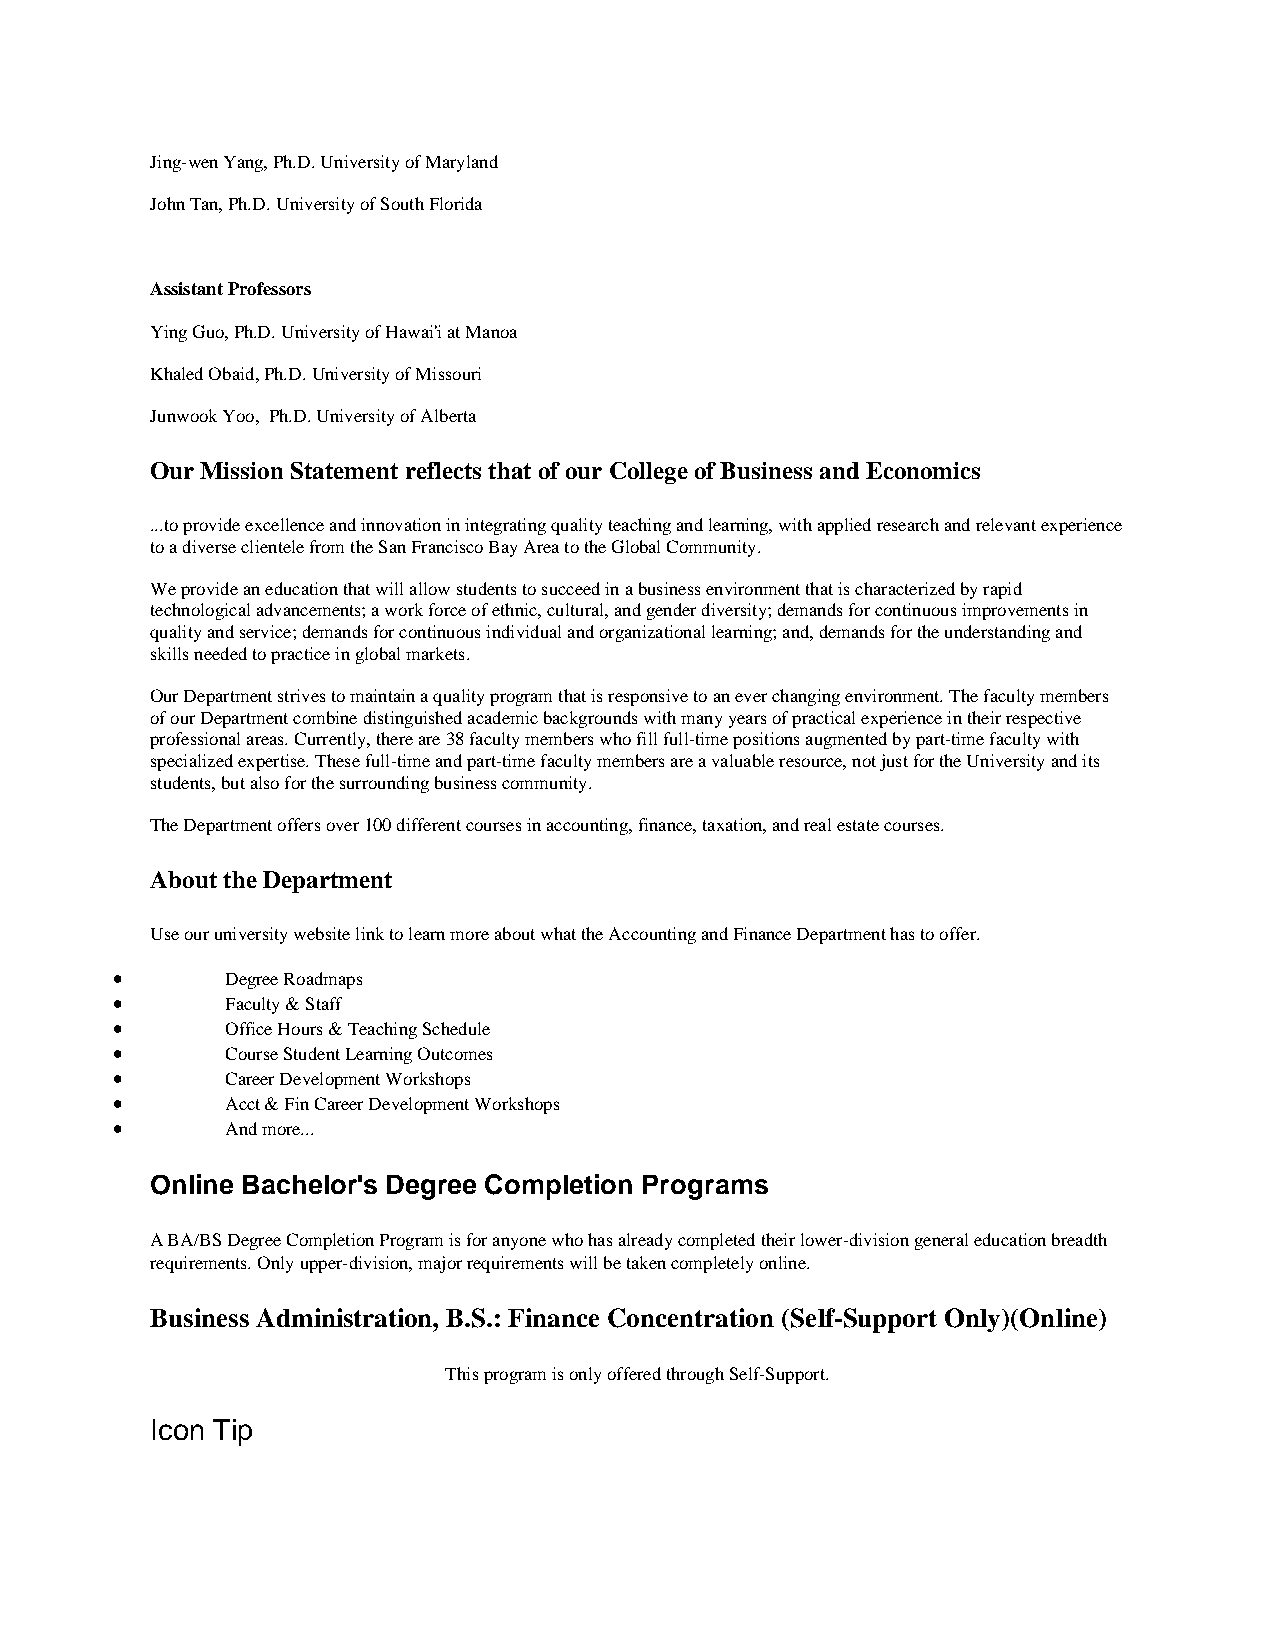
Jing-wen Yang, Ph.D. University of Maryland
 John Tan, Ph.D. University of South Florida
 Assistant Professors
 Ying Guo, Ph.D. University of Hawai'i at Manoa
 Khaled Obaid, Ph.D. University of Missouri
 Junwook Yoo, Ph.D. University of Alberta
 Our Mission Statement reflects that of our College of Business and Economics
 ...to provide excellence and innovation in integrating quality teaching and learning, with applied research and relevant experience
 to a diverse clientele from the San Francisco Bay Area to the Global Community.
 We provide an education that will allow students to succeed in a business environment that is characterized by rapid
 technological advancements; a work force of ethnic, cultural, and gender diversity; demands for continuous improvements in
 quality and service; demands for continuous individual and organizational learning; and, demands for the understanding and
 skills needed to practice in global markets.
 Our Department strives to maintain a quality program that is responsive to an ever changing environment. The faculty members
 of our Department combine distinguished academic backgrounds with many years of practical experience in their respective
 professional areas. Currently, there are 38 faculty members who fill full-time positions augmented by part-time faculty with
 specialized expertise. These full-time and part-time faculty members are a valuable resource, not just for the University and its
 students, but also for the surrounding business community.
 The Department offers over 100 different courses in accounting, finance, taxation, and real estate courses.
 About the Department
 Use our university website link to learn more about what the Accounting and Finance Department has to offer.
 •       Degree Roadmaps
 •       Faculty & Staff
 •       Office Hours & Teaching Schedule
 •       Course Student Learning Outcomes
 •       Career Development Workshops
 •       Acct & Fin Career Development Workshops
 •       And more...
 Online Bachelor's Degree Completion Programs
 A BA/BS Degree Completion Program is for anyone who has already completed their lower-division general education breadth
 requirements. Only upper-division, major requirements will be taken completely online.
 Business Administration, B.S.: Finance Concentration (Self-Support Only)(Online)
 This program is only offered through Self-Support.
 Icon Tip